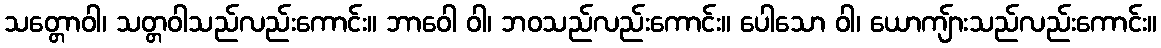
သတ္တောဝါ၊ သတ္တဝါသည်လည်းကောင်း။ ဘာဝေါ ဝါ၊ ဘဝသည်လည်းကောင်း။ ပေါသော ဝါ၊ ယောကျ်ားသည်လည်းကောင်း။